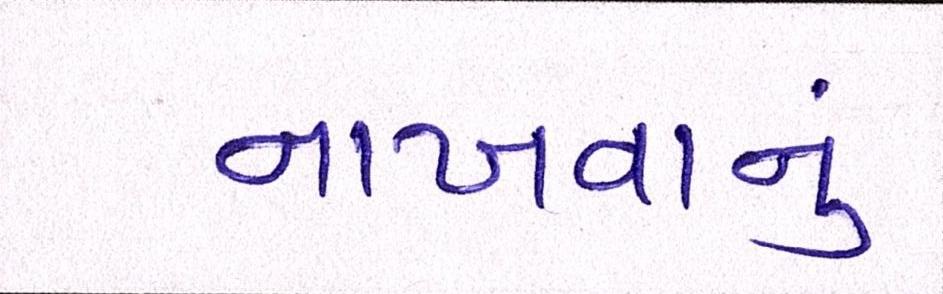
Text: નાખવાનું